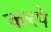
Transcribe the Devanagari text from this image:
करपे